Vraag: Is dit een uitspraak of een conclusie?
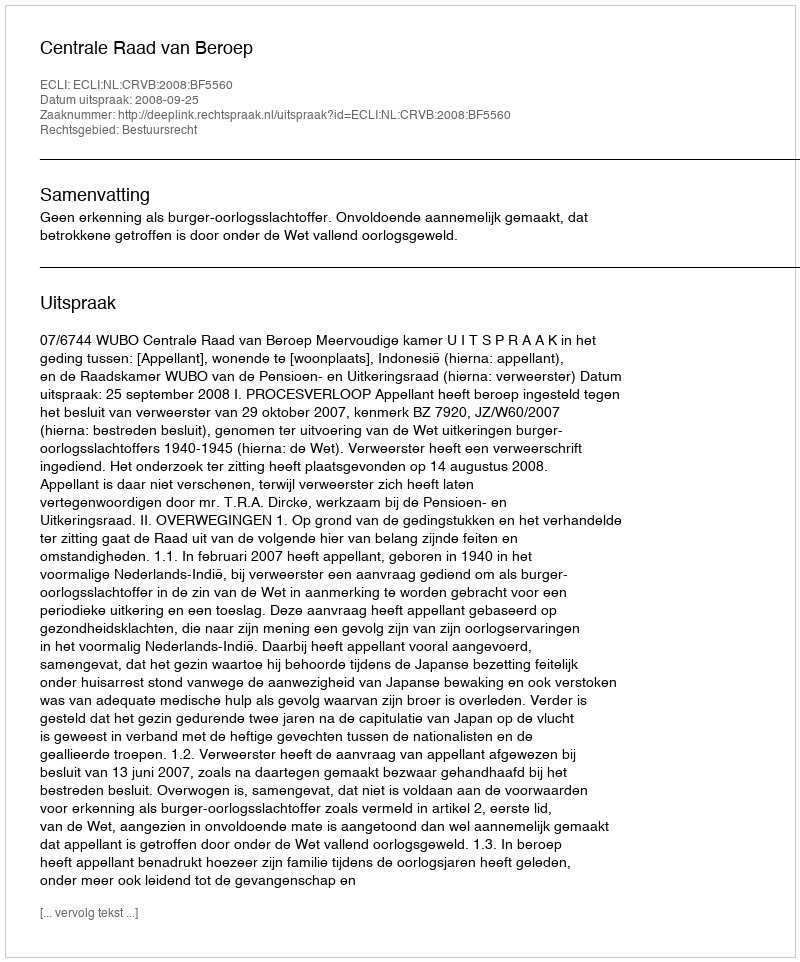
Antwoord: Uitspraak